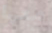
معها